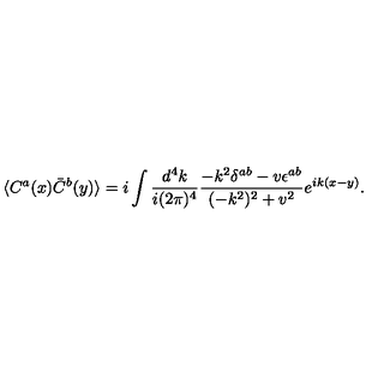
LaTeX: \langle C ^ { a } ( x ) \bar { C } ^ { b } ( y ) \rangle = i \int { \frac { d ^ { 4 } k } { i ( 2 \pi ) ^ { 4 } } } { \frac { - k ^ { 2 } \delta ^ { a b } - v \epsilon ^ { a b } } { ( - k ^ { 2 } ) ^ { 2 } + v ^ { 2 } } } e ^ { i k ( x - y ) } .